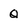
Character: Q